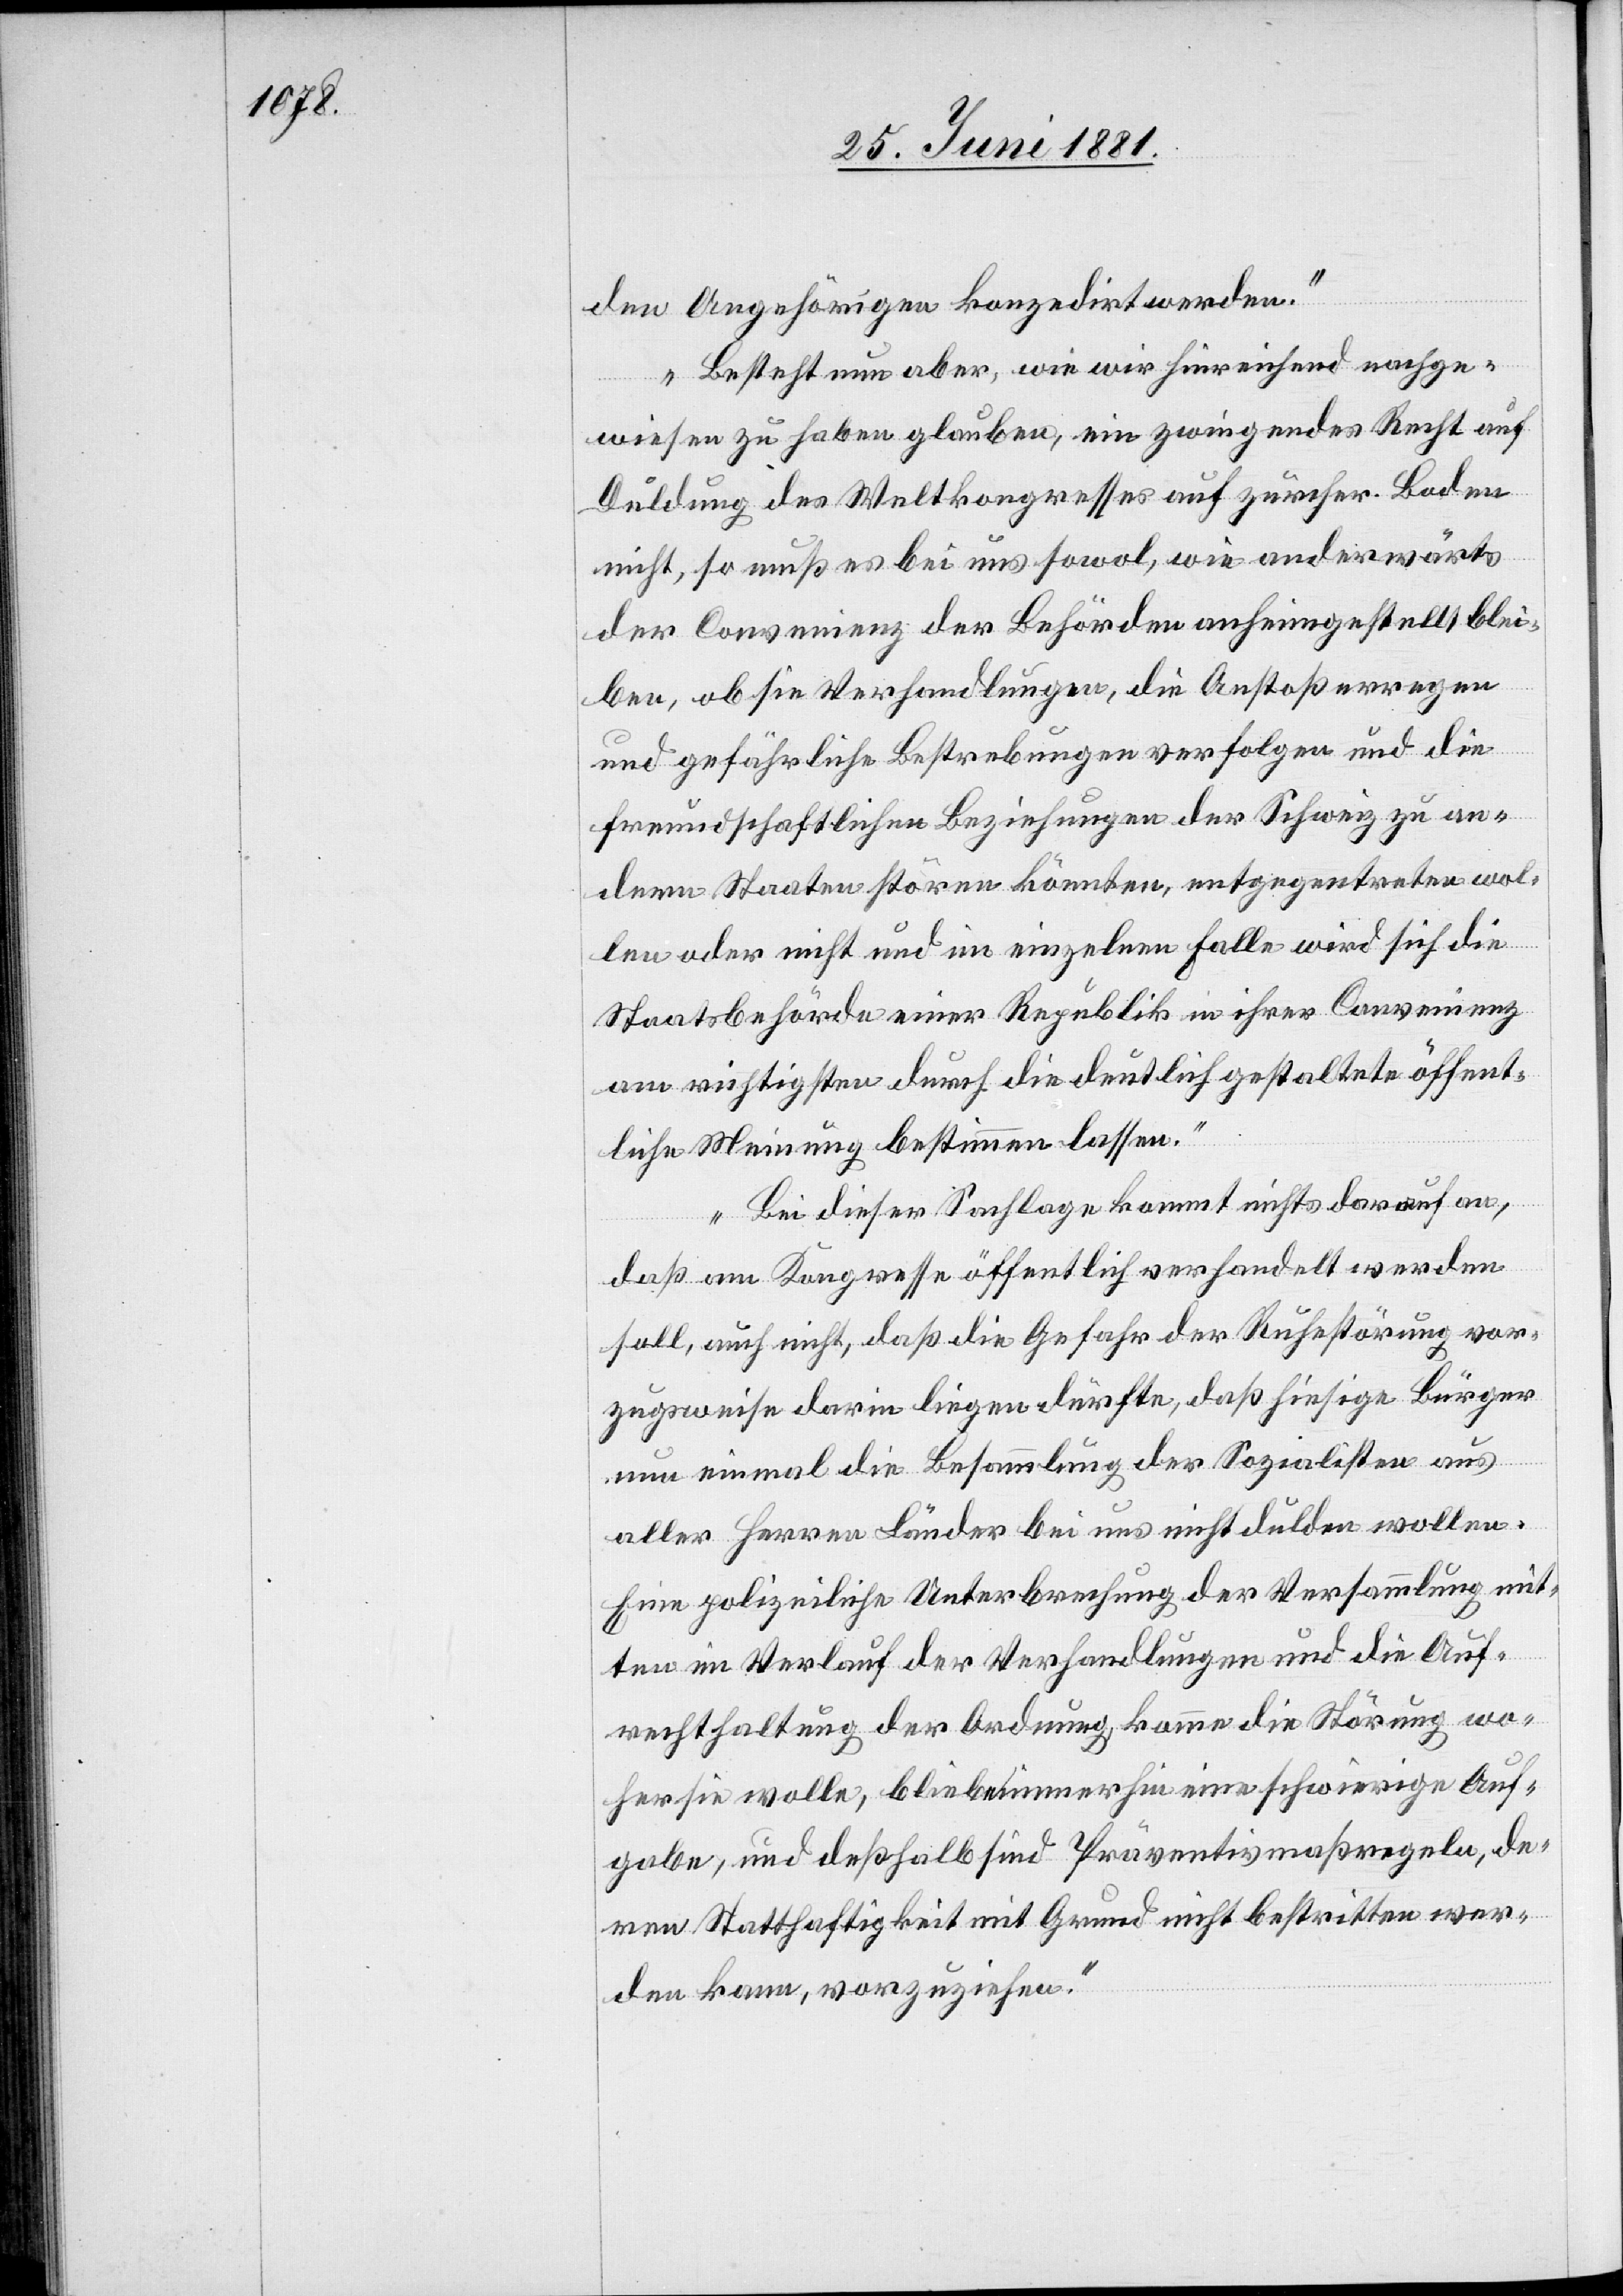
den Angehörigen konzedirt werden.
Besteht nun aber, wie wir hinreichend nachge¬
wiesen zu haben glauben, ein zwingendes Recht auf
Duldung des Weltkongresses auf zürch. Boden
nicht, so muß es bei uns sowol, wie anderwärts
der Convenienz der Behörden anhingestellt blei¬
ben, ob sie Verhandlungen, die Anstoß erregen
und gefährliche Bestrebungen verfolgen und die
freundschaftlichen Beziehungen der Schweiz zu an¬
dern Staaten stören könnten, entgegentreten wol¬
len oder nicht und im einzelnen Falle wird sich die
Staatsbehörde einer Republik in ihrer Convenienz
am richtigsten durch die deutlich gestaltete öffent¬
liche Meinung bestimmen lassen.
Bei dieser Sachlage kommt nichts darauf an,
das am Kongresse öffentlich verhandelt werden
soll, auch nicht, daß die Gefahr der Ruhestörung vor¬
zugsweise darin liegen dürfte, daß hiesige Bürger
nun einmal die Besammlung der Sozialisten aus
aller Herren Länder bei uns nicht dulden wollen.
Eine polizeiliche Unterbrechung der Versammlung mit¬
ten im Verlauf der Verhandlungen und die Auf¬
rechthaltung der Ordnung komme die Störung wo¬
her sie wolle, bliebe immerhin eine schwierige Auf¬
gabe, und deßhalb sind Präventivmaßregeln, de¬
ren Statthaftigkeit mit Grund nicht bestritten wer¬
den kann, vorzuziehen.